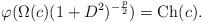
LaTeX: \begin{align*} \varphi(\Omega(c)(1+D^2)^{-\frac{p}{2}})={\rm Ch}(c). \end{align*}